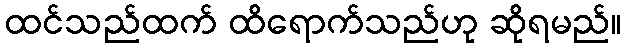
ထင်သည်ထက် ထိရောက်သည်ဟု ဆိုရမည်။